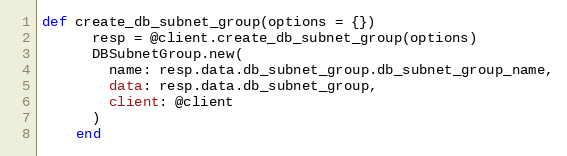
Language: Ruby
def create_db_subnet_group(options = {})
      resp = @client.create_db_subnet_group(options)
      DBSubnetGroup.new(
        name: resp.data.db_subnet_group.db_subnet_group_name,
        data: resp.data.db_subnet_group,
        client: @client
      )
    end